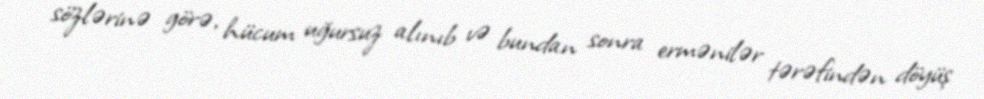
sözlərinə görə, hücum uğursuz alınıb və bundan sonra ermənilər tərəfindən döyüş